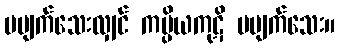
မပျက်သေးလျှင် ကပ္ပိယကုဋိ မပျက်သေး။